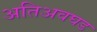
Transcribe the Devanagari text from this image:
अतिअवघड